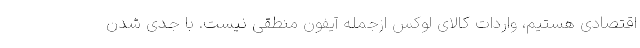
اقتصادی هستیم، واردات کالای لوکس ازجمله آيفون منطقی نیست. با جدی شدن